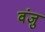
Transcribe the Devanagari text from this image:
वंजु